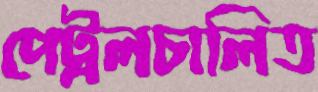
পেট্রলচালিত